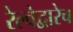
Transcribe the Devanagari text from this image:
रेल्वेद्वारेच